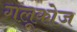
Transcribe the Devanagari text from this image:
गलूकोज